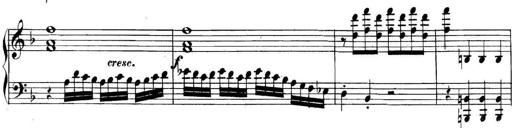
Title: Collected Piano Sonatas
Composer: Muzio Clementi